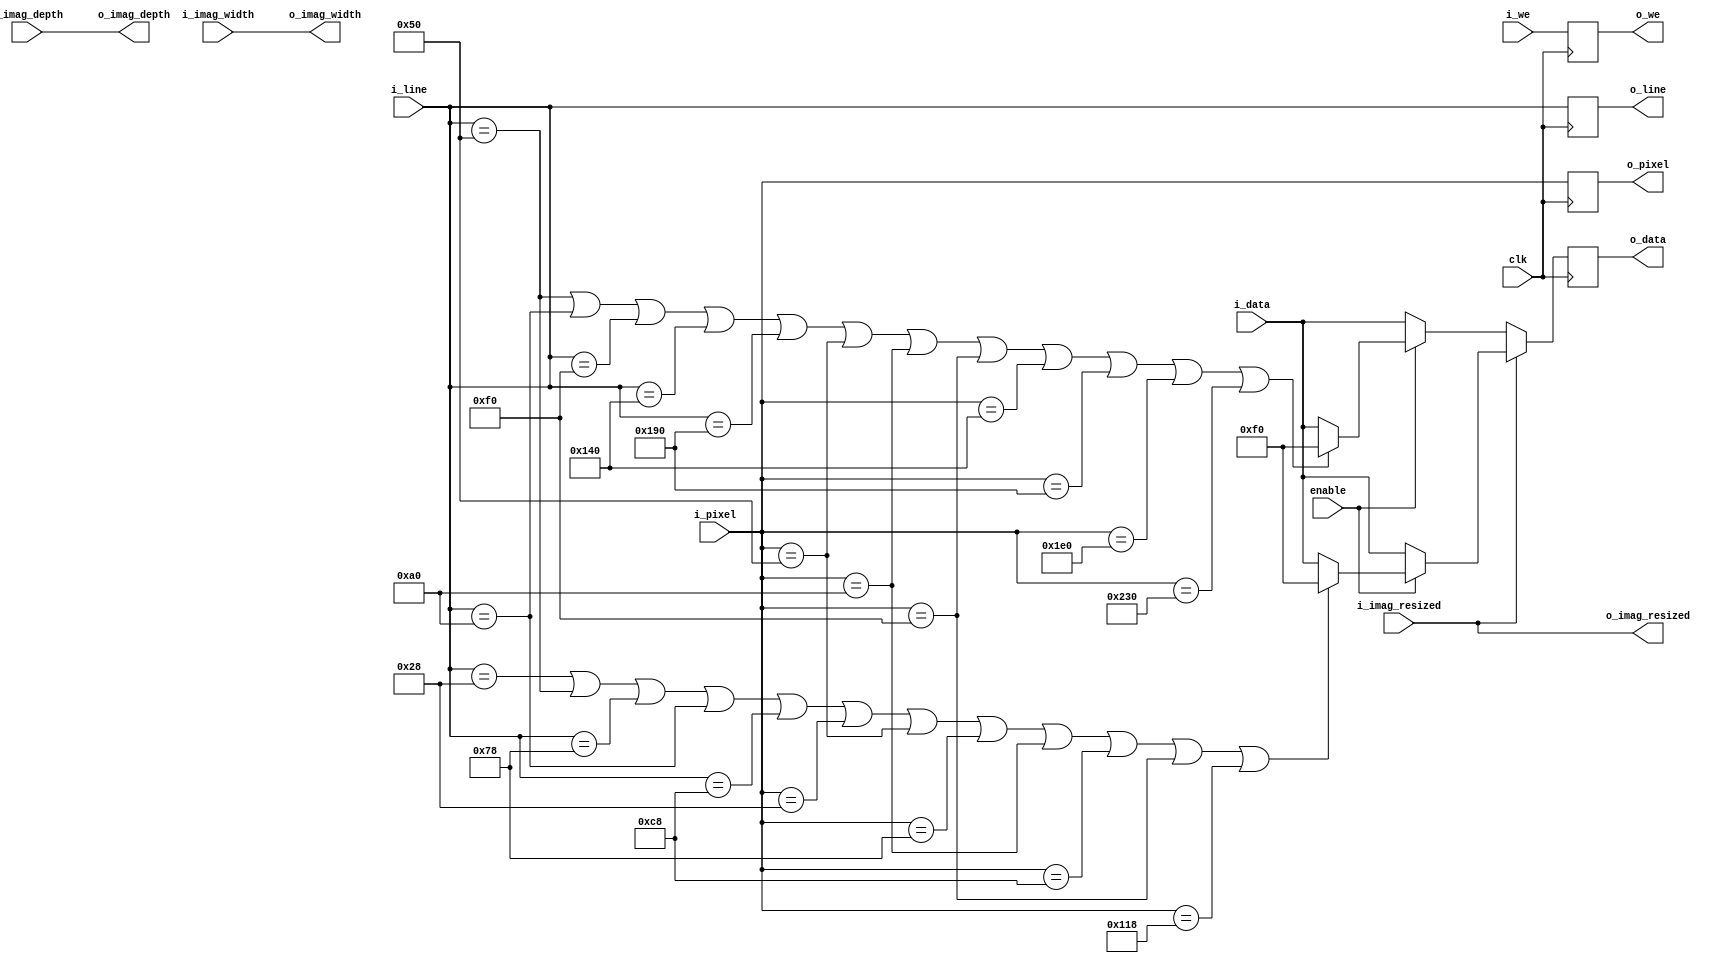
module overlay #(
    parameter   CAM_DATA_WIDTH  = 12,
                CAM_LINE        = 9,
                CAM_PIXEL       = 10
)  (
    input           clk,
    input                           enable,         
    // input form camera
    input                           i_we,
    input [CAM_DATA_WIDTH-1:0]      i_data,
    input [CAM_LINE-1:0]            i_line,
    input [CAM_PIXEL-1:0]           i_pixel,
    // image size and does it need to be resized
    input [CAM_LINE-1:0]            i_imag_depth,
    input [CAM_PIXEL-1:0]           i_imag_width,
    input                           i_imag_resized,
    output [CAM_LINE-1:0]           o_imag_depth,
    output [CAM_PIXEL-1:0]          o_imag_width,
    output                          o_imag_resized,
    // output
    output                          o_we,
    output [CAM_DATA_WIDTH-1:0]     o_data,
    output [CAM_LINE-1:0]           o_line,
    output [CAM_PIXEL-1:0]          o_pixel
);
//------------Internal variables and constants-----------

reg [CAM_LINE-1:0] r_line = 0;
reg [CAM_PIXEL-1:0] r_pixel = 0;
reg [CAM_DATA_WIDTH-1:0] r_data = 0;
reg r_we = 0;

//------------ syncronus logic----------------------------
always@(posedge clk) begin
    if(i_imag_resized) begin
        if (enable) begin
            if (i_line == 40 ||
                i_line == 80 ||
                i_line == 120 ||
                i_line == 160 ||
                i_line == 200 ||
                i_pixel == 40 ||
                i_pixel == 80 ||
                i_pixel == 120 ||
                i_pixel == 160 ||
                i_pixel == 200 ||
            i_pixel == 240 ||
                i_pixel == 280 ) begin
                r_line <= i_line;
                r_pixel <= i_pixel;
                r_data <= 12'h0f0;
                r_we <= i_we;
            end else begin
                r_line <= i_line;
                r_pixel <= i_pixel;
                r_data <= i_data;
                r_we <= i_we;
            end
        end else begin
            r_line <= i_line;
            r_pixel <= i_pixel;
            r_data <= i_data;
            r_we <= i_we;
        end
    end
    else begin
        if (enable) begin
            if (i_line == 80 ||
                i_line == 160 ||
                i_line == 240 ||
                i_line == 320 ||
                i_line == 400 ||
                i_pixel == 80 ||
                i_pixel == 160 ||
                i_pixel == 240 ||
                i_pixel == 320 ||
                i_pixel == 400 ||
                i_pixel == 480 ||
                i_pixel == 560 
                ) begin
                r_line <= i_line;
                r_pixel <= i_pixel;
                r_data <= 12'h0f0;
                r_we <= i_we;
            end else begin
                r_line <= i_line;
                r_pixel <= i_pixel;
                r_data <= i_data;
                r_we <= i_we;
            end
        end else begin
            r_line <= i_line;
            r_pixel <= i_pixel;
            r_data <= i_data;
            r_we <= i_we;
        end
    end
end

//------------ output logic -----------------------------
assign o_we =       r_we;
assign o_line =     r_line;
assign o_pixel =    r_pixel;
assign o_data =     r_data;

assign  o_imag_depth = i_imag_depth;
assign  o_imag_width = i_imag_width;
assign  o_imag_resized = i_imag_resized;

endmodule